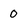
Character: 0